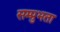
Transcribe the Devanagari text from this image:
सम्प्रुभता